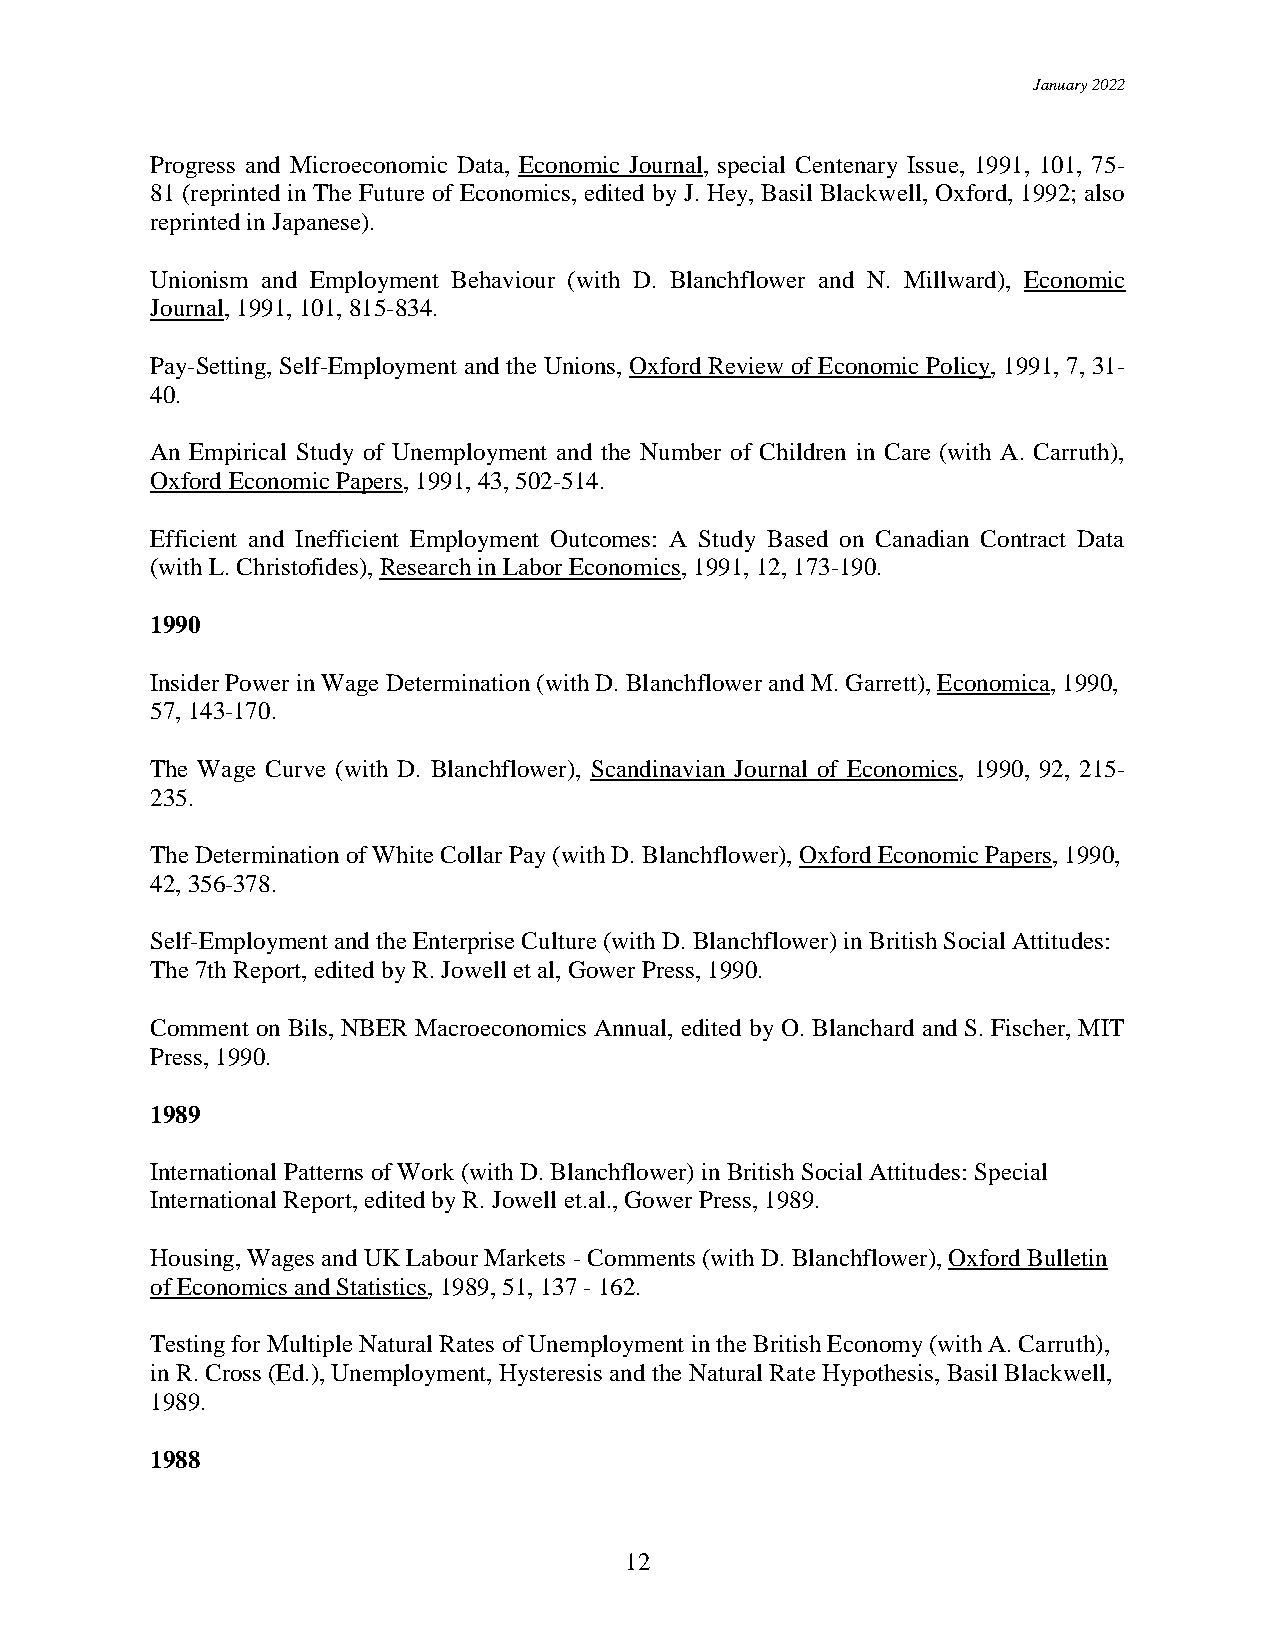
January 2022
 Progress and Microeconomic Data, Economic Journal, special Centenary Issue, 1991, 101, 75-
 81 (reprinted in The Future of Economics, edited by J. Hey, Basil Blackwell, Oxford, 1992; also
 reprinted in Japanese).
 Unionism and Employment Behaviour (with D. Blanchflower and N. Millward), Economic
 Journal, 1991, 101, 815-834.
 Pay-Setting, Self-Employment and the Unions, Oxford Review of Economic Policy, 1991, 7, 31-
 40.
 An Empirical Study of Unemployment and the Number of Children in Care (with A. Carruth),
 Oxford Economic Papers, 1991, 43, 502-514.
 Efficient and Inefficient Employment Outcomes: A Study Based on Canadian Contract Data
 (with L. Christofides), Research in Labor Economics, 1991, 12, 173-190.
 1990
 Insider Power in Wage Determination (with D. Blanchflower and M. Garrett), Economica, 1990,
 57, 143-170.
 The Wage Curve (with D. Blanchflower), Scandinavian Journal of Economics, 1990, 92, 215-
 235.
 The Determination of White Collar Pay (with D. Blanchflower), Oxford Economic Papers, 1990,
 42, 356-378.
 Self-Employment and the Enterprise Culture (with D. Blanchflower) in British Social Attitudes:
 The 7th Report, edited by R. Jowell et al, Gower Press, 1990.
 Comment on Bils, NBER Macroeconomics Annual, edited by O. Blanchard and S. Fischer, MIT
 Press, 1990.
 1989
 International Patterns of Work (with D. Blanchflower) in British Social Attitudes: Special
 International Report, edited by R. Jowell et.al., Gower Press, 1989.
 Housing, Wages and UK Labour Markets - Comments (with D. Blanchflower), Oxford Bulletin
 of Economics and Statistics, 1989, 51, 137 - 162.
 Testing for Multiple Natural Rates of Unemployment in the British Economy (with A. Carruth),
 in R. Cross (Ed.), Unemployment, Hysteresis and the Natural Rate Hypothesis, Basil Blackwell,
 1989.
 1988
 12